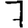
Digit: 7